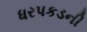
ધરપકડની